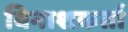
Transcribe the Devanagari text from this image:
विनाशकर्ता